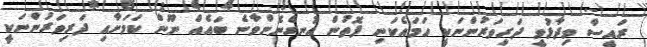
ރައީސް ވިދާޅުވީ ދަރިވަރުންނަކީ ހަމައެކަނި ފޮތުން އުނގެނެންވާނެ ބައެއް ނޫން ކަމަށާއި ދަރިވަރުންނަކީ